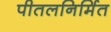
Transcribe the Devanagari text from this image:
पीतलनिर्मित